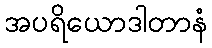
အပရိယောဒါတာနံ